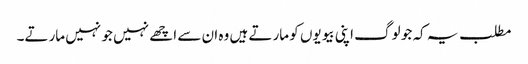
مطلب یہ کہ جو لوگ اپنی بیویوں کو مارتے ہیں وہ ان سے اچھے نہیں جو نہیں مارتے۔